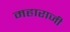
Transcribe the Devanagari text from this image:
महाराजी